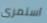
استمرى